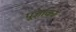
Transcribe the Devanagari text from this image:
पूजाका